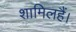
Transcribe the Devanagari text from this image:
शामिलहैं।